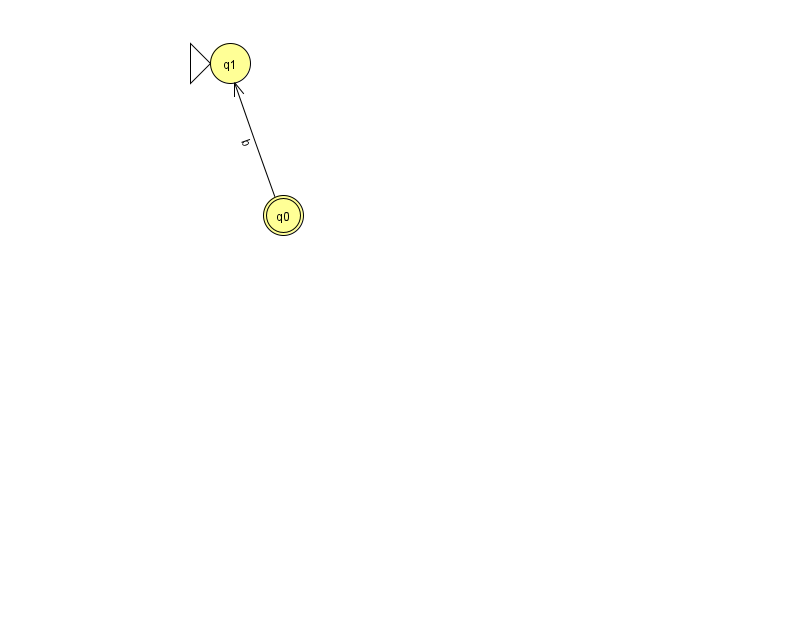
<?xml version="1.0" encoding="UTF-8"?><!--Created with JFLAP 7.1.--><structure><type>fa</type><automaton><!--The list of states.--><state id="0" name="q0"><x>283.0</x><y>202.0</y><final/></state><state id="1" name="q1"><x>230.0</x><y>50.0</y><initial/></state><!--The list of transitions.--><transition><from>0</from><to>1</to><read>b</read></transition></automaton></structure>